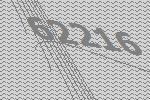
62216